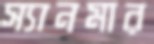
স্যানমার